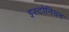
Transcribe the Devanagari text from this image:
इस्टोनियन